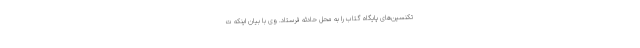
تکنسین‌های پایگاه گتاب را به محل حادثه فرستاد. وی با بیان اینکه ت